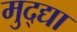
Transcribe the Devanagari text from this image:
मुद्द्या